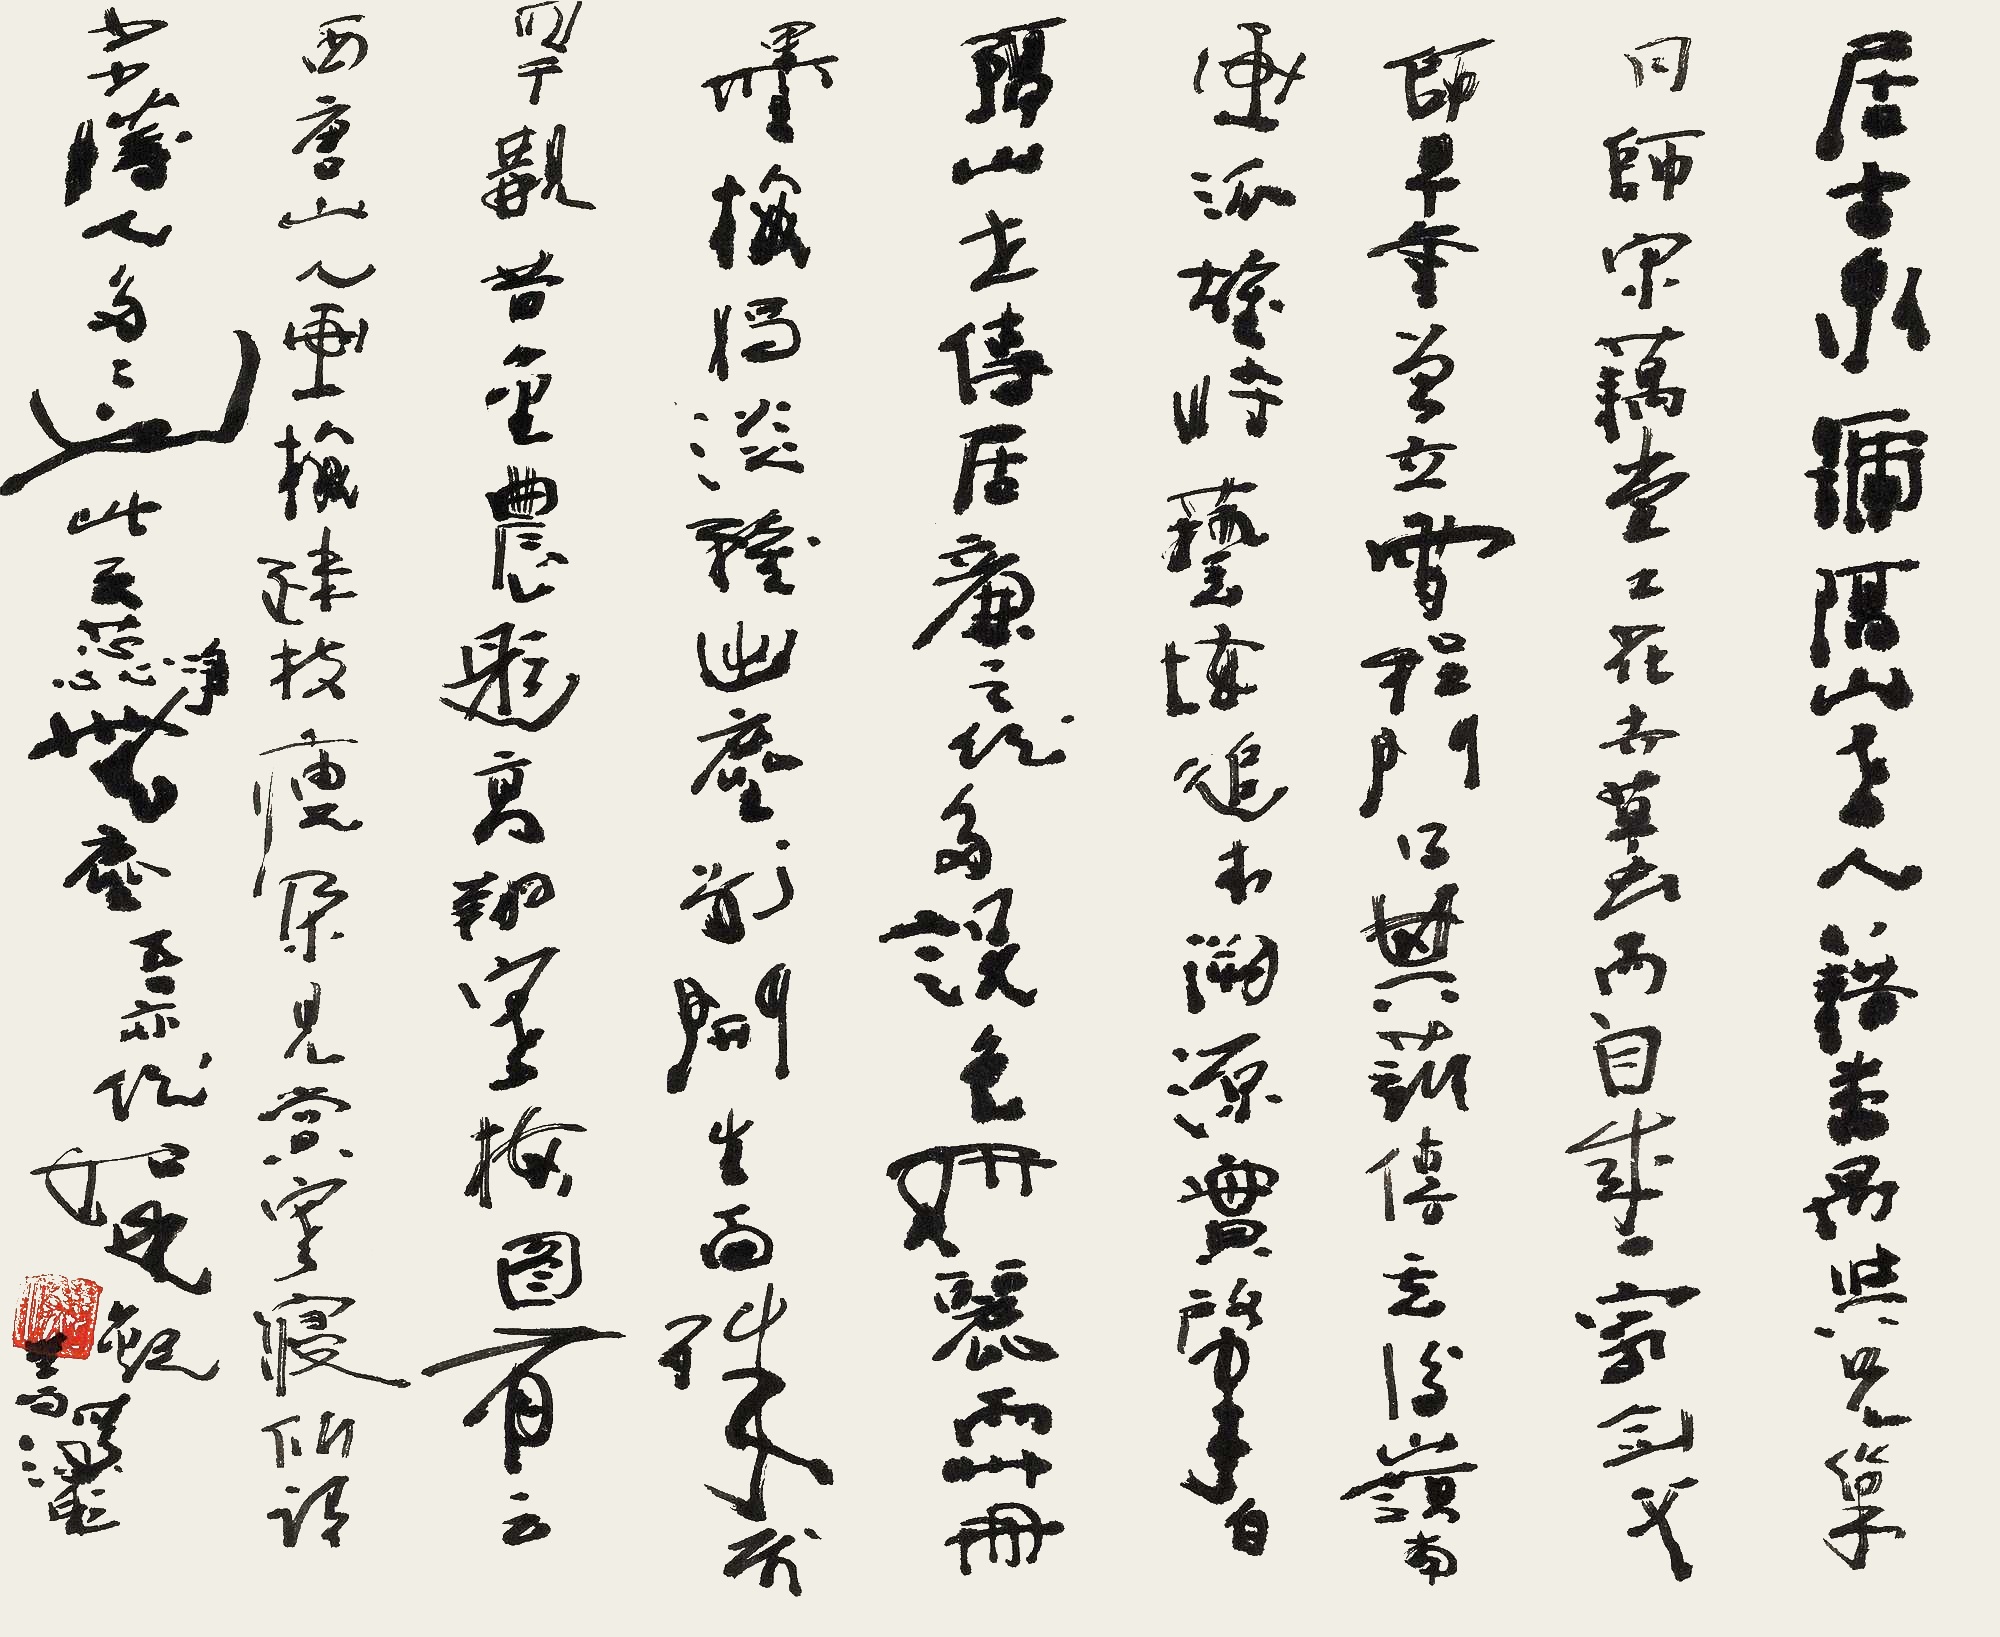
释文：居古泉号隔山老人，籍番禺，与兄巢同师宋藕堂。工花卉草虫，而自成一家。剑父师早年曾立雪程门，得其薪传。其后岭南画派雄峙艺坛，追本溯源，实肇自隔山。世传居廉之作，多设色妍丽，而此册墨梅独淡雅出尘，别开生面，殊属罕观。昔金农题高翔寒梅图，有云：西唐山人画梅，疏枝瘦朵，见赏寒寝，所谓少少胜人多多也。此云：蕊净无尘。吾亦作如是观。善深题。